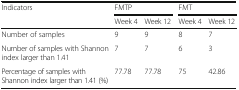
<table><thead><tr><td rowspan="2"><b>Indicators</b></td><td colspan="2"><b>FMTP</b></td><td colspan="2"><b>FMT</b></td></tr><tr><td><b>Week 4</b></td><td><b>Week 12</b></td><td><b>Week 4</b></td><td><b>Week 12</b></td></tr></thead><tbody><tr><td>Number of samples</td><td>9</td><td>9</td><td>8</td><td>7</td></tr><tr><td>Number of samples with Shannon index larger than 1.41</td><td>7</td><td>7</td><td>6</td><td>3</td></tr><tr><td>Percentage of samples with Shannon index larger than 1.41 (%)</td><td>77.78</td><td>77.78</td><td>75</td><td>42.86</td></tr></tbody></table>